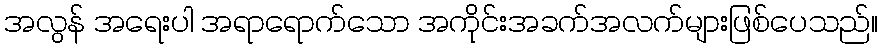
အလွန် အရေးပါ အရာရောက်သော အကိုင်းအခက်အလက်များဖြစ်ပေသည်။